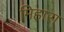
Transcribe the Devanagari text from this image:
मिहारा